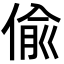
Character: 偸